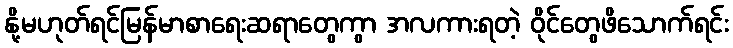
နို့မဟုတ်ရင်မြန်မာစာရေးဆရာတွေကွာ အလကားရတဲ့ ဝိုင်တွေဖိသောက်ရင်း